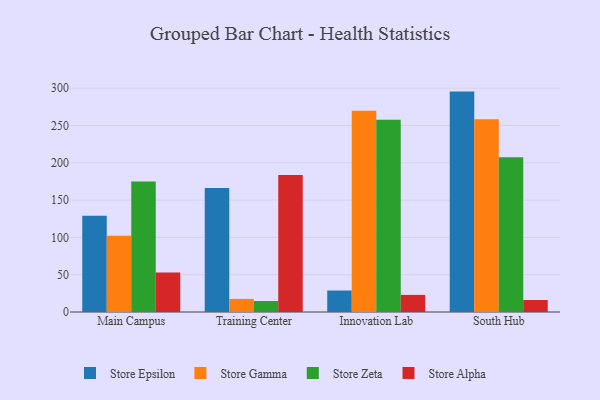
{"axis": {"x": "Campus", "y": "Revenue (USD Million)"}, "legend": ["Store Alpha", "Store Epsilon", "Store Gamma", "Store Zeta"], "data": [{"x": "Main Campus", "y": 128.9, "type": "Store Epsilon"}, {"x": "Main Campus", "y": 102.3, "type": "Store Gamma"}, {"x": "Main Campus", "y": 174.9, "type": "Store Zeta"}, {"x": "Main Campus", "y": 52.8, "type": "Store Alpha"}, {"x": "Training Center", "y": 166.1, "type": "Store Epsilon"}, {"x": "Training Center", "y": 17.5, "type": "Store Gamma"}, {"x": "Training Center", "y": 14.7, "type": "Store Zeta"}, {"x": "Training Center", "y": 183.7, "type": "Store Alpha"}, {"x": "Innovation Lab", "y": 28.8, "type": "Store Epsilon"}, {"x": "Innovation Lab", "y": 269.8, "type": "Store Gamma"}, {"x": "Innovation Lab", "y": 257.7, "type": "Store Zeta"}, {"x": "Innovation Lab", "y": 22.9, "type": "Store Alpha"}, {"x": "South Hub", "y": 295.4, "type": "Store Epsilon"}, {"x": "South Hub", "y": 258.4, "type": "Store Gamma"}, {"x": "South Hub", "y": 207.3, "type": "Store Zeta"}, {"x": "South Hub", "y": 16.1, "type": "Store Alpha"}]}